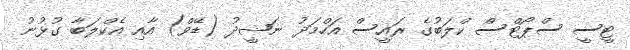
ޓީސީ ސްޕޯޓްސް ކްލަބުގެ ރައީސް އަހްމަދު ނަޝީދު (ޑޭވް) އާއި އެކްލަބާ ގުޅުނު